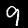
Label: 9